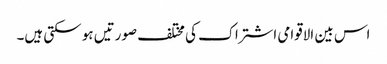
اس بین الاقوامی اشتراک کی مختلف صورتیں ہو سکتی ہیں۔